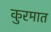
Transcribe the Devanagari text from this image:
कुरमात